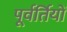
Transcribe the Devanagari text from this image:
पूर्वर्तियों